Vaccination report Assam 1896-1927 - 1896-1927
Year: 1896
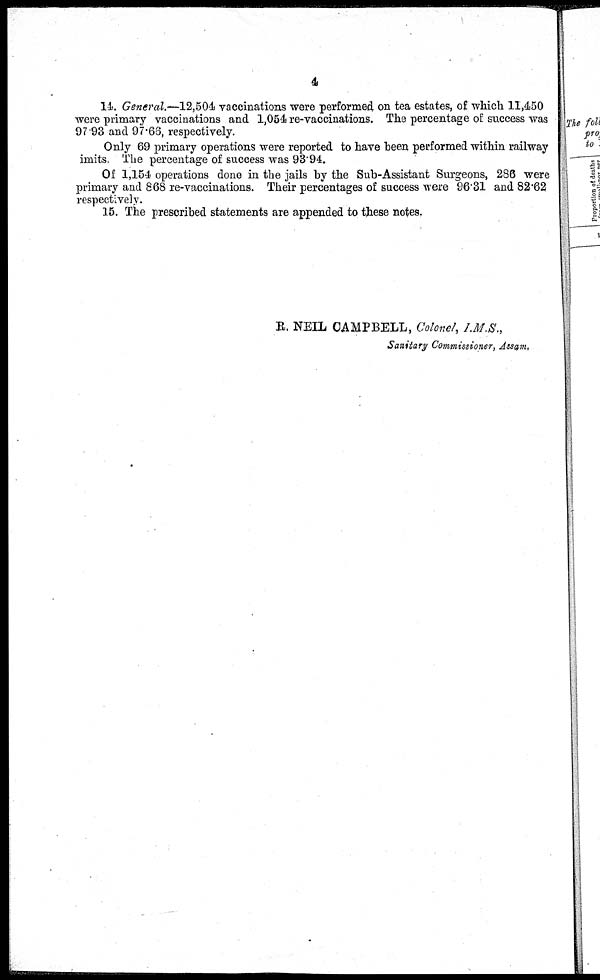
4
14. General.—12,504 vaccinations were performed on tea estates, of which 11,450
were primary vaccinations and 1,054 re-vaccinations. The percentage of success was
97.93 and 97.66, respectively.
Only 69 primary operations were reported to have been performed within railway
imits. The percentage of success was 93.94.
Of 1,154 operations done in the jails by the Sub-Assistant Surgeons, 286 were
primary and 868 re-vaccinations. Their percentages of success were 96.31 and 82.62
respectively.
15. The prescribed statements are appended to these notes.
R. NEIL CAMPBELL, Colonel, I.M.S.,
Sanitary Commissioner, Assam.